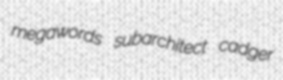
megawords subarchitect cadger